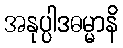
အနုပ္ပါဒဓမ္မာနိ